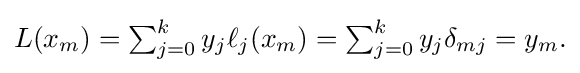
{\textstyle L(x_{m})=\sum _{j=0}^{k}y_{j}\ell _{j}(x_{m})=\sum _{j=0}^{k}y_{j}\delta _{mj}=y_{m}.}